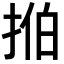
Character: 𫼻